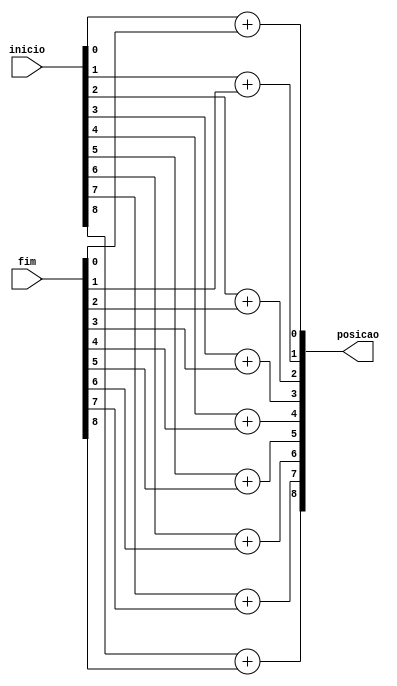
//Universidade Federal de Campina Grande
// Departamento de Engenharia Eltrica e Informtica
// Joo Victor Rodrigues Ramalho: joao.ramalho@ee.ufcg.edu.br
// Pedro Henrique de Arajo Felipe: pedro.felipe@ee.ufcg.edu.br


// Modulo responsvel por conseguir o vetor posio

module location(inicio,fim,posicao);

input[8:0] inicio,fim;
output[8:0] posicao; 
assign posicao[0]= inicio[0]+fim[0];
assign posicao[1]= inicio[1]+fim[1];
assign posicao[2]= inicio[2]+fim[2];
assign posicao[3]= inicio[3]+fim[3];
assign posicao[4]= inicio[4]+fim[4];
assign posicao[5]= inicio[5]+fim[5];
assign posicao[6]= inicio[6]+fim[6];
assign posicao[7]= inicio[7]+fim[7];
assign posicao[8]= inicio[8]+fim[8];

endmodule